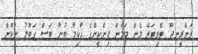
ރަންރީނދޫ ޓްވިޓަރޭ މެން މަމެން ޕިންކީންގެ ހާކިމާ ބުނާ ބަސް ގަބޫލު ނުކޮށް